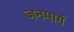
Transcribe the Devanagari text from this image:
जनमार्ग